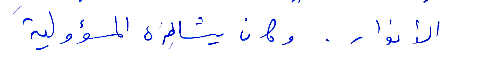
الأنوار. وكان يشاطره المسؤولية